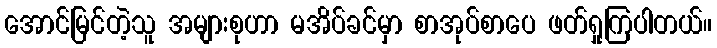
အောင်မြင်တဲ့သူ အများစုဟာ မအိပ်ခင်မှာ စာအုပ်စာပေ ဖတ်ရှုကြပါတယ်။